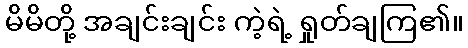
မိမိတို့ အချင်းချင်း ကဲ့ရဲ့ ရှုတ်ချကြ၏။